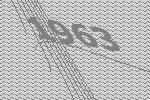
1963